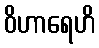
ဝိဟာရေဟိ